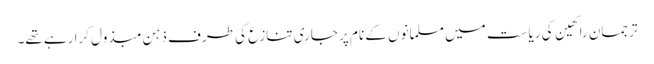
ترجمان راکھین کی ریاست میں مسلمانوں کے نام پر جاری تنازع کی طرف ذہن مبذول کرا رہے تھے۔